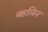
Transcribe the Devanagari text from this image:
बहञिन